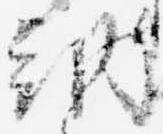
納